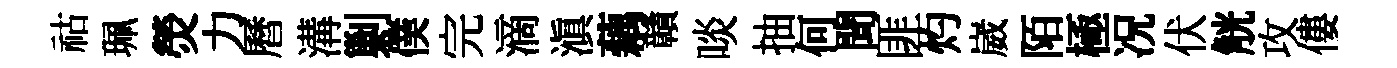
祜珮熒力曆溝剿僕完滴滇藕贛啖抽何聞匪灼崴陌極况伏觥攻僂